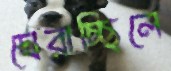
ঘেরাচ্ছিলে